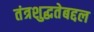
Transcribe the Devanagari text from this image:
तंत्रशुद्धतेबद्दल